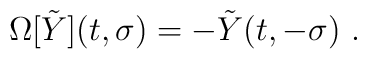
\Omega [\tilde Y](t,\sigma)= -\tilde Y(t,-\sigma)\ .